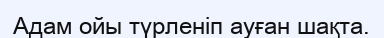
Адам ойы түрленіп ауған шақта.